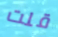
قلت